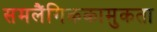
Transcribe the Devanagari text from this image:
समलैंगिककामुकता